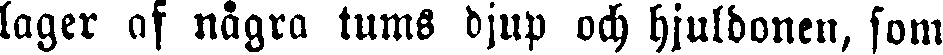
lager af några tums djup och hjuldonen, som